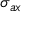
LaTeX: \sigma _ { a x }